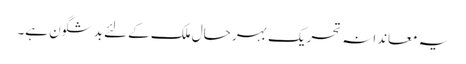
یہ معاندانہ تحریک بہر حال ملک کے لئے بد شگون ہے۔